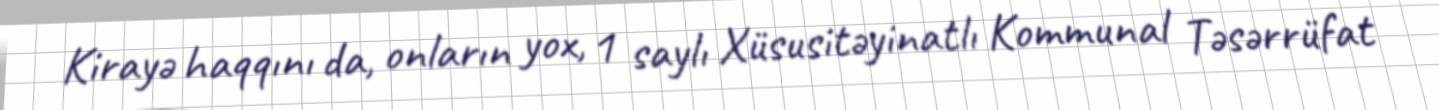
Kirayə haqqını da, onların yox, 1 saylı Xüsusitəyinatlı Kommunal Təsərrüfat